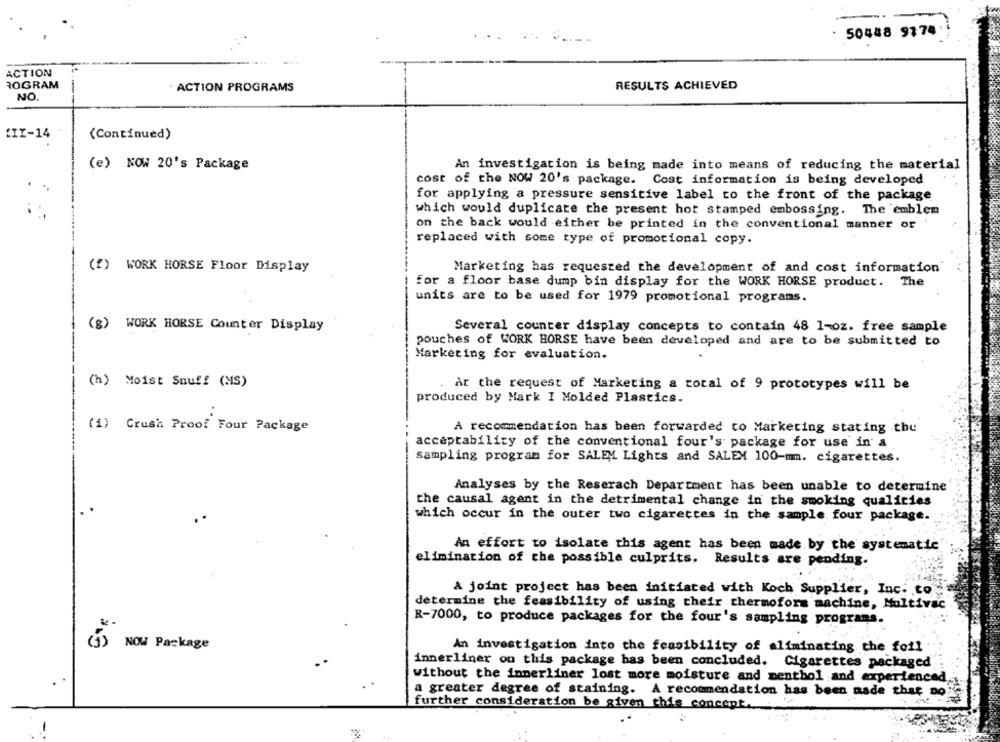
50448 9174
ACTION
ROGRAM
. ACTION PROGRAMS
RESULTS ACHIEVED
NO.
:IX-14
(Continued)
(e) NOW 20's Package
An investigation is being made into means of reducing the material
cost of the NOW 20's package. Cost information is being developed
for applying a pressure sensitive label to the front of the package
which would duplicate the present hot stamped embossing. The emblem
on the back would either be printed in the conventional manner or
replaced with some type of promotional copy.
(f) WORK HORSE Floor Display
Marketing has requested the development of and cost information
for a floor base dump bin display for the WORK HORSE product. The
units are to be used for 1979 promotional programs.
Several counter display concepts to contain 48 1-oz. free sample
(g) WORK HORSE Counter Display
pouches of WORK HORSE have been developed and are to be submitted to
Marketing for evaluation.
(h) Moist Snuff (MS)
At the request of Marketing a total of 9 prototypes will be
produced by Mark I Molded Plastics.
(1) Crush Proof Four Package
A recommendation has been forwarded to Marketing stating the
acceptability of the conventional four's package for use in' a
sampling program for SALEM Lights and SALEM 100-mm. cigarettes.
Analyses by the Reserach Department has been unable to determine
the causal agent in the detrimental change in the smoking qualities
which occur in the outer two cigarettes in the sample four package.
An effort to isolate this agent has been made by the systematic
elimination of the possible culprits. Results are pending.
A joint project has been initiated with Koch Supplier, Inc. to
determine the feasibility of using their thermoform machine, Multivac
R-7000, to produce packages for the four's sampling programs
NOW Package
An investigation into the feasibility of eliminating the foil
innerliner on this package has been concluded. Cigarettes packaged
without the innerliner lost more moisture and menthol and experienced
a greater degree of staining. A recommendation has been nade that no
further consideration be given this concept.